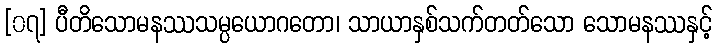
[၀၇] ပီတိသောမနဿသမ္ပယောဂတော၊ သာယာနှစ်သက်တတ်သော သောမနဿနှင့်